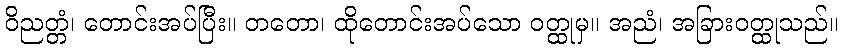
ဝိညတ္တံ၊ တောင်းအပ်ပြီး။ တတော၊ ထိုတောင်းအပ်သော ဝတ္ထုမှ။ အညံ၊ အခြားဝတ္ထုသည်။